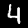
Digit: 4